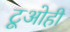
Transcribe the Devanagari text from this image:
टूओही